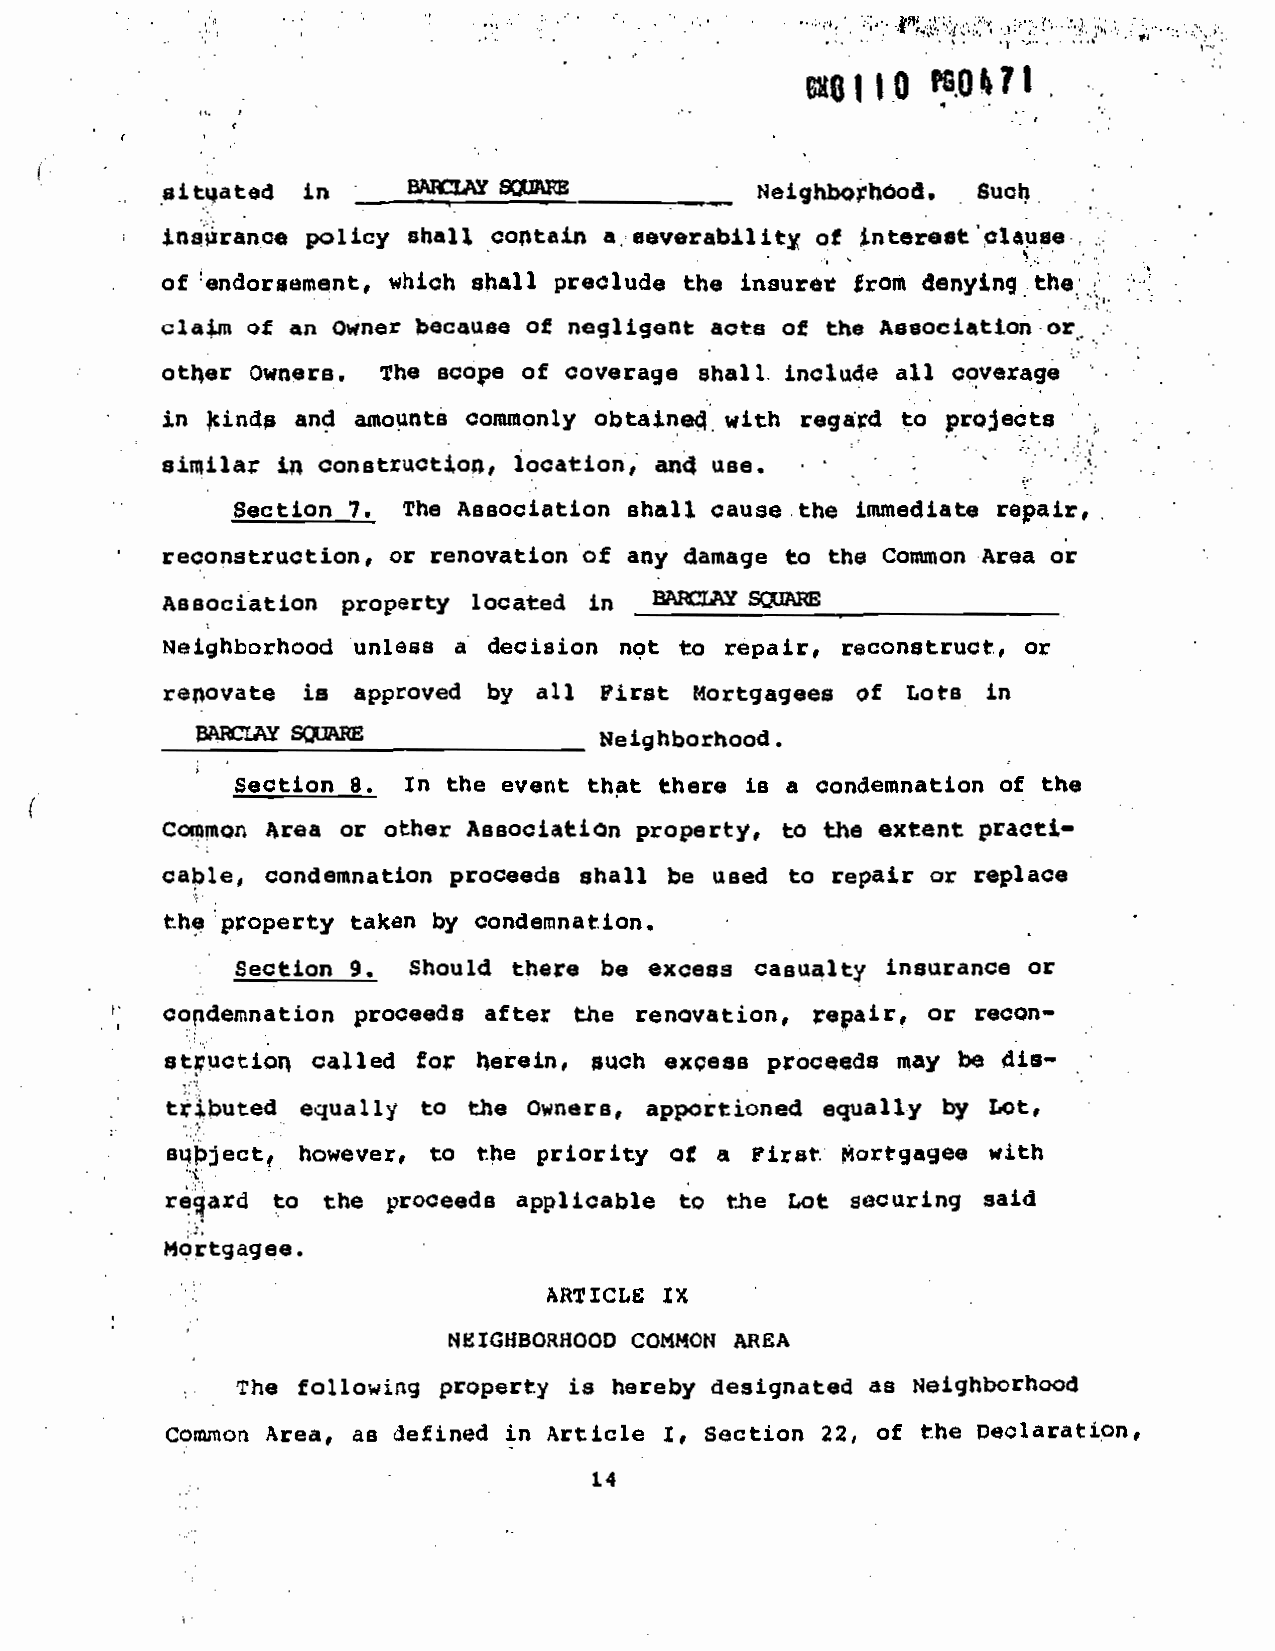
- - ---
 i6ItQ
 situated in _______________________    Neighborhood.  Such
 insurance policy shall coptain a, severability of ntereet'qla'*ae-.
 denying theH
 of :sfldqrsemeflt, which Shall preclude the insurer tram
 claim of an Owner because of negligent acts of the Association -or
 other
 Owners. The scope of coverage shall, include all coverage
 $ind and amounts         obtaine4 with regard to prajeote
 in                  commonly
 similar in construction, location, an4 use.    .      -
 Section 7.  The Association shall cause.the immediate repair,.
 reconstruction, or renovation of any damage to the Common Area or
 Association property located in _________________________________
 Neighborhood unless a decision not to repair, reconstruct., or
 repovate is approved by all First  Nortgagees of Lots in
 ______________________________ Neighborhood.
 section 8. In the event that there is a condemnation of the
 Canmon area or other Association property, to the extent practi-
 cable, condemnation proceeds shall be used to repair or replace
 the property taken by condemnation.
 section 9. Should there be excess casualty insurance or
 copdennation proceeds after the renovation, repair, or recon—
 stuctio called for herein, such excess proceeds may be dis—
 trjbuted equally to the Owners, apportioned equally by lot,
 sujectq  however, to the priority of a First Mortyagee with
 r9ard to the proceeds applicable  to the Lot securing said
 Mortgagee.
 ARTICLE IX
 r.IEIGH8ORHOOD COMMON AREA
 The folLowing property is hereby designated as Neighborhood
 I,
 Common  Area, as aefined in Article Section 22, of the Peolarati.on,
 14